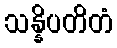
သန္နိပတိတံ